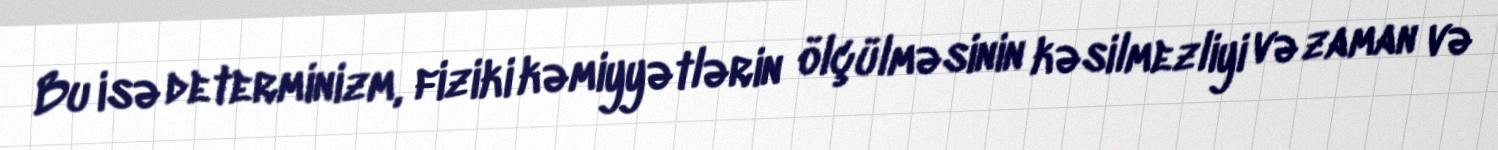
Bu isə determinizm, fiziki kəmiyyətlərin ölçülməsinin kəsilmezliyi və zaman və